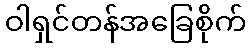
ဝါရှင်တန်အခြေစိုက်